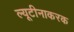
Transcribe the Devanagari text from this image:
ल्यूटीनाकरक